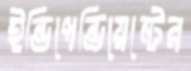
ইন্ডিপেন্ডিয়েন্টের